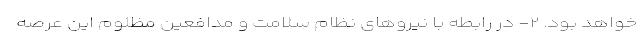
خواهد بود. ۲- در رابطه با نیروهای نظام سلامت و مدافعین مظلوم این عرصه